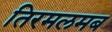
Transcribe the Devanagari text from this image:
तिरमलमब